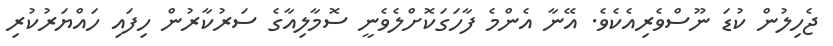
ޖެހިލުން ކުޑަ ނޫސްވެރިއެކެވެ. އޭނާ އެންމެ ފާހަގަކޮށްލެވެނީ ސޮމާލިއާގެ ސަރުކާރުން ހިފައި ހައްޔަރުކުރި